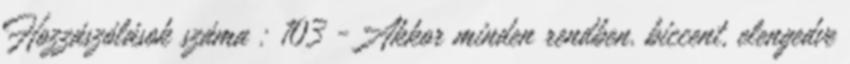
Hozzászólások száma : 103 -Akkor minden rendben. biccent, elengedve